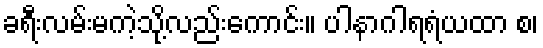
ခရီးလမ်းမကဲ့သို့လည်းကောင်း။ ပါနာဂါရရံယထာ စ၊